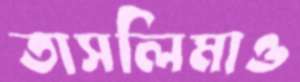
তাসলিমাও